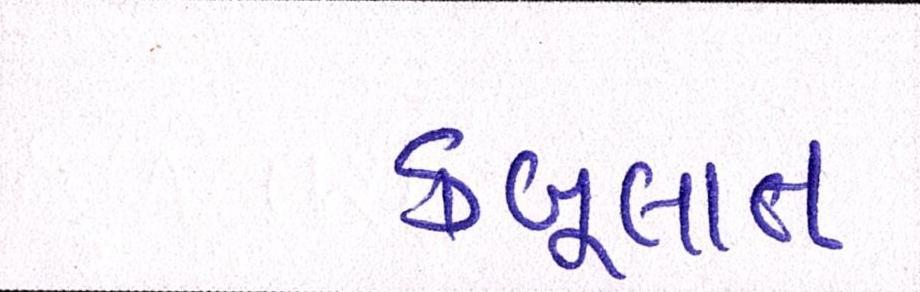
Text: કબૂલાત